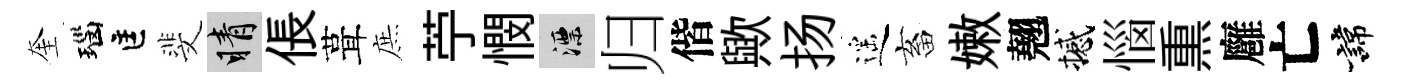
奎瑙匡斐睛倀葺庶苧憫漂归偕歟扬遥畜嫩翹撼惱𤋱廱亡諱